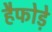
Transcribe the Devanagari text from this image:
हैफोड़े